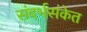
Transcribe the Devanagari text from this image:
संदर्भसंकेत